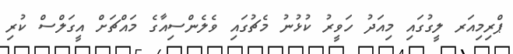
ޕްރިމިއަރ ލީގުގައި މިއަދު ހަވީރު ކުޅުނު މެޗުގައި ވެލެންސިއާގެ މައްޗަށް އީގަލްސް ކުރި